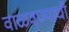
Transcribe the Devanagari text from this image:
वाळवण्याची